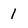
Character: 1